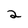
Character: 2